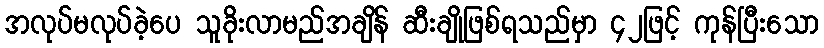
အလုပ်မလုပ်ခဲ့ပေ သူခိုးလာမည်အချိန် ဆီးချိုဖြစ်ရသည်မှာ ၄၂ဖြင့် ကုန်ပြီးသော